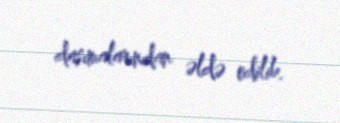
daşımalarından əldə edilib.